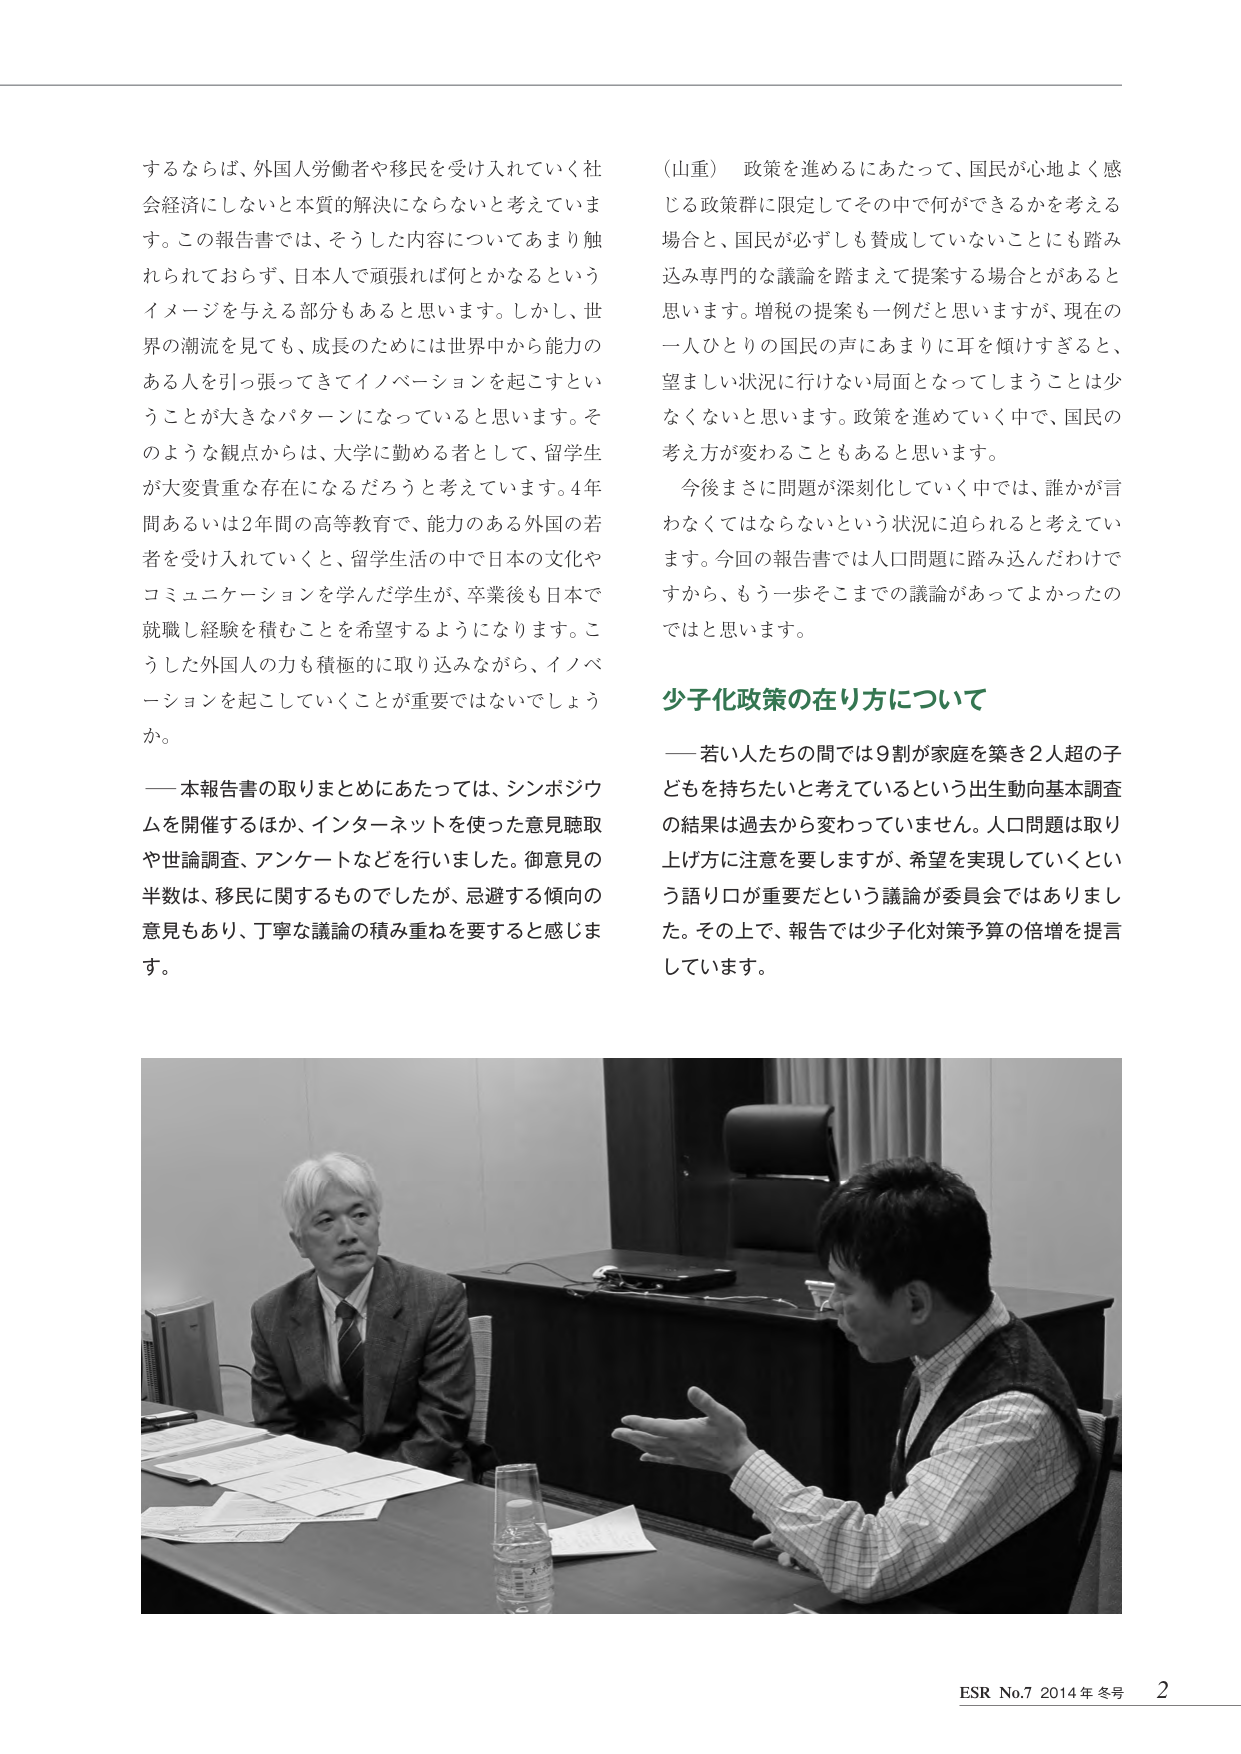
するならば、外国人労働者や移民を受け入れていく社会経済にしないと本質的解決にならないと考えています。この報告書では、そうした内容についてあまり触れられておらず、日本人で頑張れば何とかなるというイメージを与える部分もあると思います。しかし、世界の潮流を見ても、成長のためには世界中から能力のある人を引っ張ってきてイノベーションを起こすということが大きなパターンになっていると思います。そのような観点からは、大学に勤める者として、留学生が大変貴重な存在になるだろうと考えています。4年間あるいは2年間の高等教育で、能力のある外国の若者を受け入れていくと、留学生活の中で日本の文化やコミュニケーションを学んだ学生が、卒業後も日本で就職し経験を積むことを希望するようになります。こうした外国人の力も積極的に取り込みながら、イノベーションを起こしていくことが重要ではないでしょうか。

――本報告書の取りまとめにあたっては、シンポジウムを開催するほか、インターネットを使った意見聴取や世論調査、アンケートなどを行いました。御意見の半数は、移民に関するものでしたが、忌避する傾向の意見もあり、丁寧な議論の積み重ねを要すると感じます。

（山重）　政策を進めるにあたって、国民が心地よく感じる政策群に限定してその中で何ができるかを考える場合と、国民が必ずしも賛成していないことにも踏み込み専門的な議論を踏まえて提案する場合とがあると思います。増税の提案も一例だと思いますが、現在の一人ひとりの国民の声にあまりに耳を傾けすぎると、望ましい状況に行けない局面となってしまうことは少なくないと思います。政策を進めていく中で、国民の考え方が変わることもあると思います。

今後まさに問題が深刻化していく中では、誰かが言わなくてはならないという状況に迫られると考えています。今回の報告書では人口問題に踏み込んだわけですから、もう一歩そこまでの議論があってよかったのではと思います。

少子化政策の在り方について

――若い人たちの間では9割が家庭を築き2人超の子どもを持ちたいと考えているという出生動向基本調査の結果は過去から変わっていません。人口問題は取り上げ方に注意を要しますが、希望を実現していくという語り口が重要だという議論が委員会ではありました。その上で、報告では少子化対策予算の倍増を提言しています。

ESR No.7 2014年 冬号 2